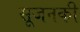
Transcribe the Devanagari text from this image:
सूजनकी